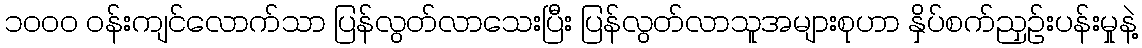
၁၀၀၀ ဝန်းကျင်လောက်သာ ပြန်လွတ်လာသေးပြီး ပြန်လွတ်လာသူအများစုဟာ နှိပ်စက်ညှဉ်းပန်းမှုနဲ့